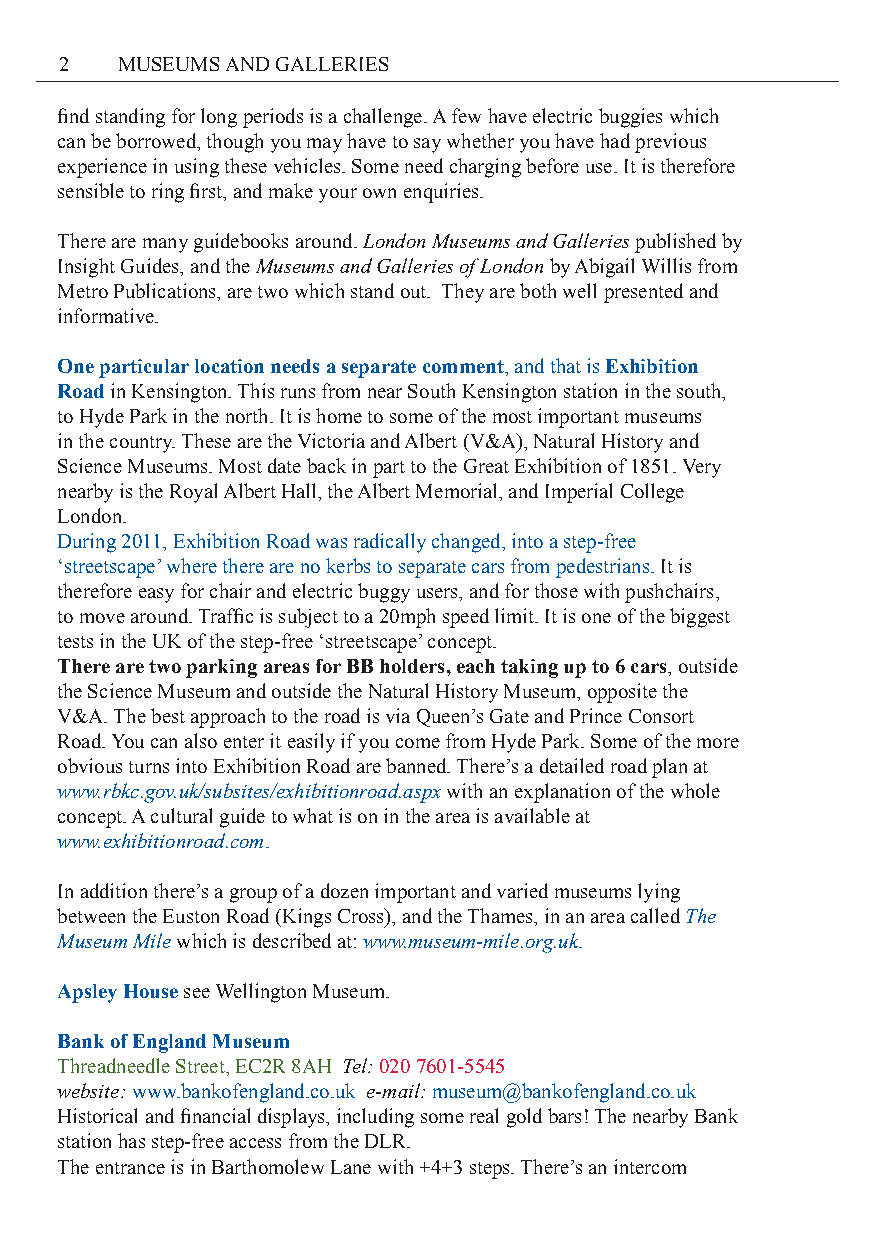
2   MUSEUMS AND GALLERIES
 find standing for long periods is a challenge. A few have electric buggies which
 can be borrowed, though you may have to say whether you have had previous
 experience in using these vehicles. Some need charging before use. It is therefore
 sensible to ring first, and make your own enquiries.
 There are many guidebooks around. London Museums and Galleries published by
 Insight Guides, and the Museums and Galleries of London by Abigail Willis from
 Metro Publications, are two which stand out. They are both well presented and
 informative.
 One particular location needs a separate comment, and that is Exhibition
 Road in Kensington. This runs from near South Kensington station in the south,
 to Hyde Park in the north. It is home to some of the most important museums
 in the country. These are the Victoria and Albert (V&A), Natural History and
 Science Museums. Most date back in part to the Great Exhibition of 1851. Very
 nearby is the Royal Albert Hall, the Albert Memorial, and Imperial College
 London.
 During 2011, Exhibition Road was radically changed, into a step-free
 ‘streetscape’ where there are no kerbs to separate cars from pedestrians. It is
 therefore easy for chair and electric buggy users, and for those with pushchairs,
 to move around. Traffic is subject to a 20mph speed limit. It is one of the biggest
 tests in the UK of the step-free ‘streetscape’ concept.
 There are two parking areas for BB holders, each taking up to 6 cars, outside
 the Science Museum and outside the Natural History Museum, opposite the
 V&A. The best approach to the road is via Queen’s Gate and Prince Consort
 Road. You can also enter it easily if you come from Hyde Park. Some of the more
 obvious turns into Exhibition Road are banned. There’s a detailed road plan at
 www.rbkc.gov.uk/subsites/exhibitionroad.aspx with an explanation of the whole
 concept. A cultural guide to what is on in the area is available at
 www.exhibitionroad.com.
 In addition there’s a group of a dozen important and varied museums lying
 between the Euston Road (Kings Cross), and the Thames, in an area called The
 Museum Mile which is described at: www.museum-mile.org.uk.
 Apsley House see Wellington Museum.
 Bank of England Museum
 Threadneedle Street, EC2R 8AH Tel: 020 7601-5545
 website: www.bankofengland.co.uk e-mail: museum@bankofengland.co.uk
 Historical and financial displays, including some real gold bars! The nearby Bank
 station has step-free access from the DLR.
 The entrance is in Barthomolew Lane with +4+3 steps. There’s an intercom